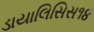
ડાયાલિસિસ૧૪